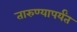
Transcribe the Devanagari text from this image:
तारुण्यापर्यंत